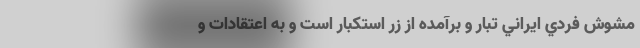
مشوش فردي ایراني تبار و برآمده از زر استكبار است و به اعتقادات و